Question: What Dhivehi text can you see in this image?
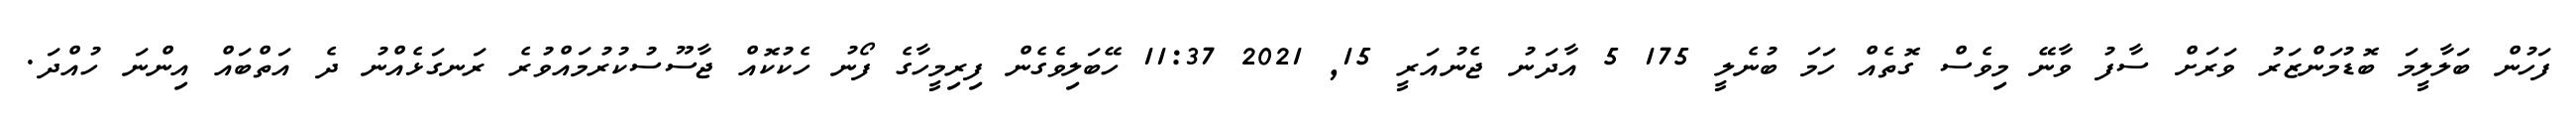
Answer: ފަހުން ބަލާލީމަ ބޮޑުމަންޒަރު ވަރަށް ސާފު ވާނޭ މިވެސް ގޮތެއް ހަމަ ބުނެލީ 175 5 އާދަނު ޖެނުއަރީ 15, 2021 11:37 ހޭބަލިވެގެން ފިރިމީހާގެ ފޯނު ހެކުކޮއް ޖާސޫސުކުރުމައްވުރެ ރަނގަޅެއްނު ދެ އަތްބައް އިންނަ ހުއްދަ.